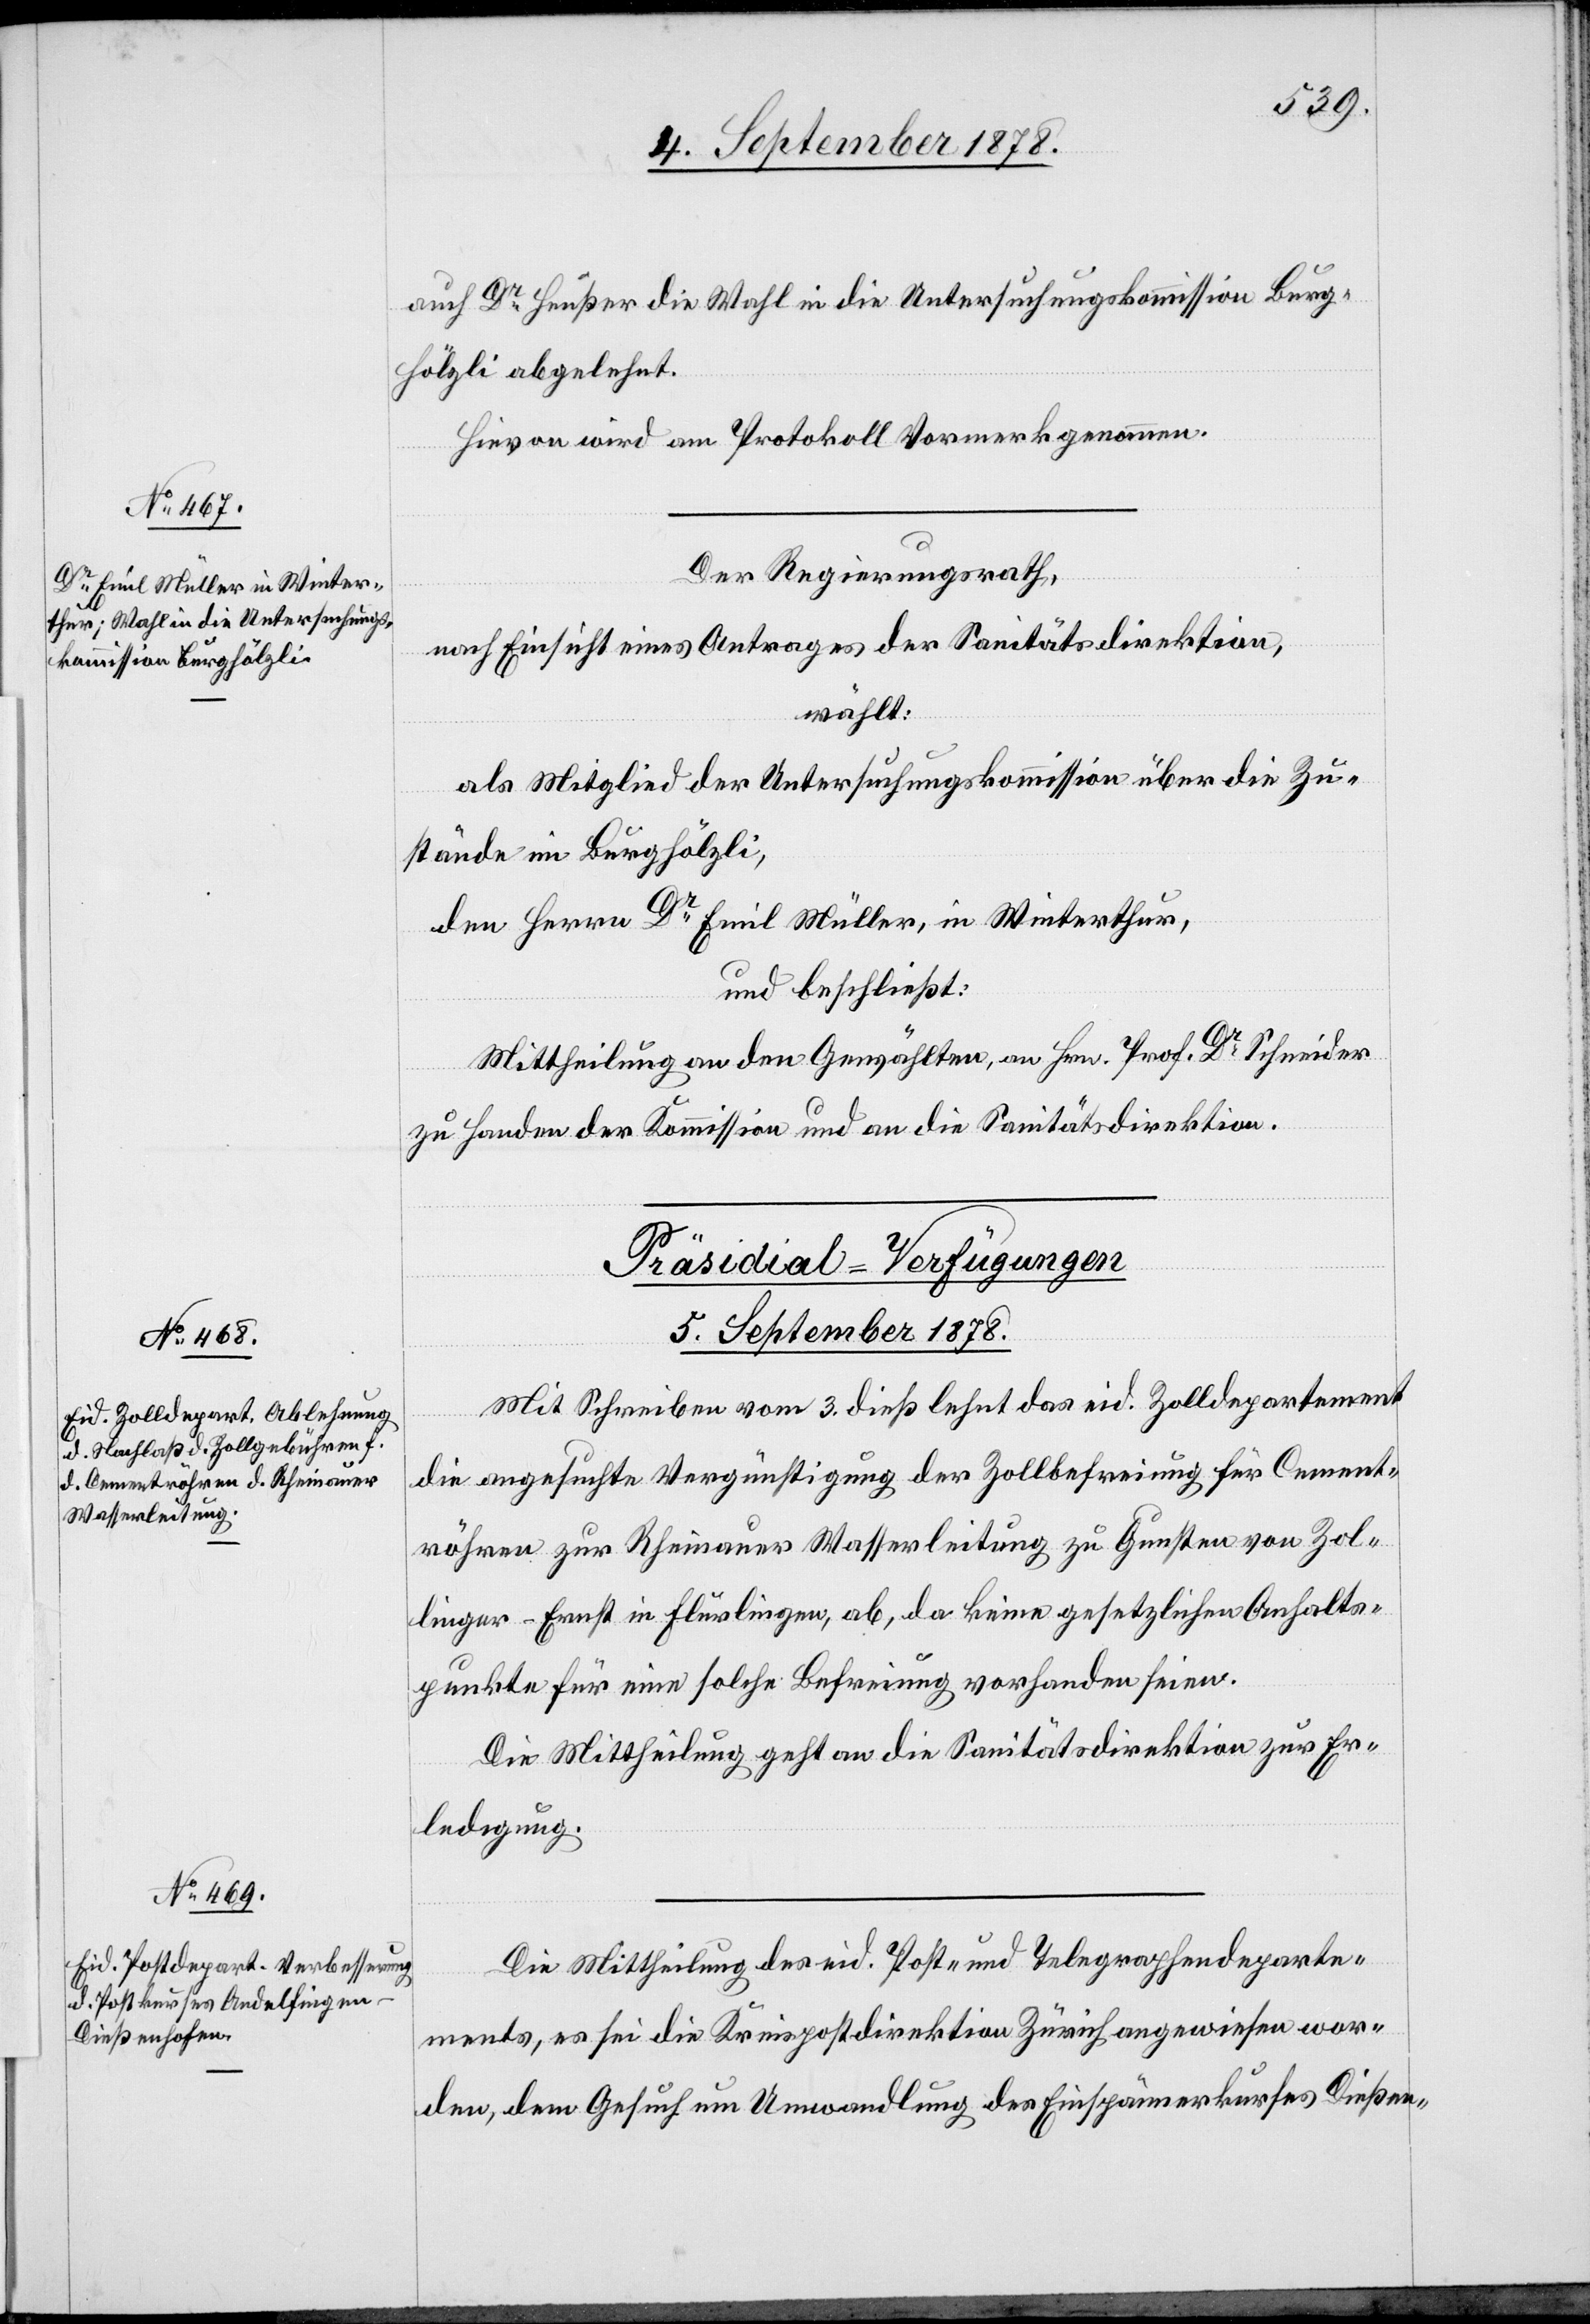
auf Dr Heußer die Wahl in die Untersuchungskommission Burg¬
hölzli abgelehnt.
Hievon wird am Protokoll Vormerk genommen.
Der Regierungsrath,
nach Einsicht eines Antrages der Sanitätsdirektion,
wählt:
als Mitglied der Untersuchungskommission über die Zu¬
stände im Burghölzli,
den Herrn Dr Emil Müller, in Winterthur,
und beschließt:
Mittheilung an den Gewählten, an Hrn. Prof. Dr Schneider
zu Handen der Kommission und an die Sanitätsdirektion.
[Präsidial-Verfügungen
5. September 1878.]
Mit Schreiben vom 3. dieß lehnt das eid. Zolldepartement
die angesuchte Vergünstigung der Zollbefreiung für Cement¬
röhren zur Rheinauer Wasserleitung zu Gunsten von Zol¬
linger-Ernst in Flurlingen, ab, da keine gesetzlichen Anhalts¬
punkte für eine solche Befreiung vorhanden seien.
Die Mittheilung geht an die Sanitätsdirektion zur Er¬
ledigung.
Die Mittheilung des eid. Post- und Telegraphendeparte¬
ments, es sei die Kreispostdirektion Zürich angewiesen wor¬
den, dem Gesuch um Umwandlung des Einspännerkurses Dießen-